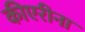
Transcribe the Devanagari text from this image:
कीएरीना